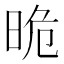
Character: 𣆡